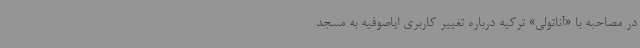
در مصاحبه با «آناتولی» ترکیه درباره تغییر کاربری ایاصوفیه به مسجد